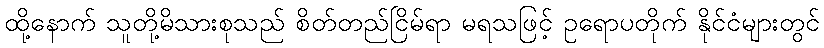
ထို့နောက် သူတို့မိသားစုသည် စိတ်တည်ငြိမ်ရာ မရသဖြင့် ဥရောပတိုက် နိုင်ငံများတွင်